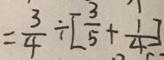
= \frac { 3 } { 4 } \div [ \frac { 3 } { 5 } + \frac { 1 } { 4 } ]